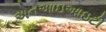
એનઆઇઆઇટી